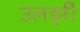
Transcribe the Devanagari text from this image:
उलझीं